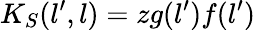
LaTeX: K_{S}(l^{\prime},l)=zg(l^{\prime})f(l^{\prime})